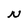
Character: N